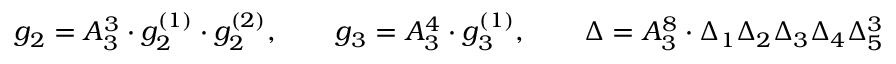
g _ { 2 } = A _ { 3 } ^ { 3 } \cdot g _ { 2 } ^ { ( 1 ) } \cdot g _ { 2 } ^ { ( 2 ) } , \qquad g _ { 3 } = A _ { 3 } ^ { 4 } \cdot g _ { 3 } ^ { ( 1 ) } , \qquad \Delta = A _ { 3 } ^ { 8 } \cdot \Delta _ { 1 } \Delta _ { 2 } \Delta _ { 3 } \Delta _ { 4 } \Delta _ { 5 } ^ { 3 }